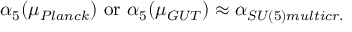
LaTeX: \alpha _ { 5 } ( \mu _ { P l a n c k } ) \mathrm { ~ o r ~ } \alpha _ { 5 } ( \mu _ { G U T } ) \approx \alpha _ { S U ( 5 ) m u l t i c r . }